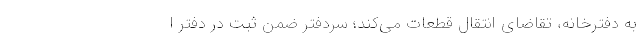
به دفترخانه، تقاضای انتقال قطعات می‌کند؛ سردفتر ضمن ثبت در دفتر ا